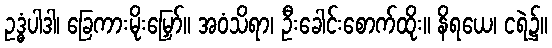
ဥဒ္ဓံပါဒါ၊ ခြေကားမိုးမြှော်။ အဝံသိရာ၊ ဦးခေါင်းစောက်ထိုး။ နိရယေ၊ ငရဲ၌။